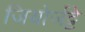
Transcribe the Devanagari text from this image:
जियोर्जट्टे